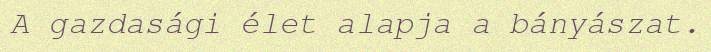
A gazdasági élet alapja a bányászat.